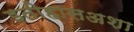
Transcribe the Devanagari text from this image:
इतीहासअशा